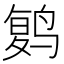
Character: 𱊔